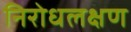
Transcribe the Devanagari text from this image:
निरोधलक्षण